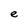
Character: e